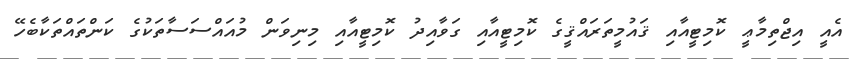
އެއީ އިޖްތިމާޢީ ކޮމިޓީއާއި ޤައުމީތަރައްޤީގެ ކޮމިޓީއާއި ގަވާއިދު ކޮމިޓީއާއި މިނިވަން މުއައްސަސާތަކުގެ ކަންތައްތަކާބެހޭ